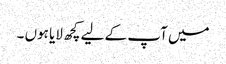
میں آپ کے لیے کچھ لایا ہوں ۔